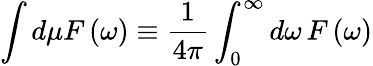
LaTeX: \int d\mu F\left(\omega\right)\equiv\frac{1}{4{\pi}}\int_{0}^{\infty}d\omega\, F\left(\omega\right)